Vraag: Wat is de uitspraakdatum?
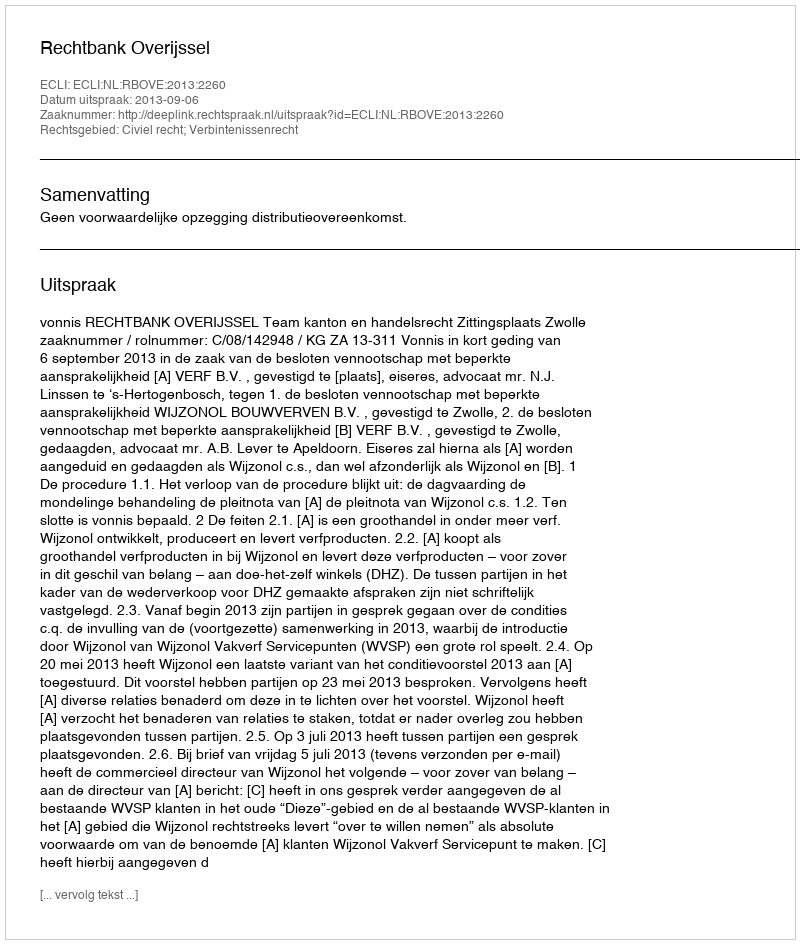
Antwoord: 2013-09-06